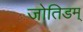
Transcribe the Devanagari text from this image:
जोतिडम्